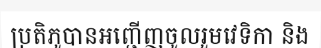
ប្រតិភូបានអញ្ជើញចូលរួមវេទិកា និង